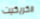
الكريكيت